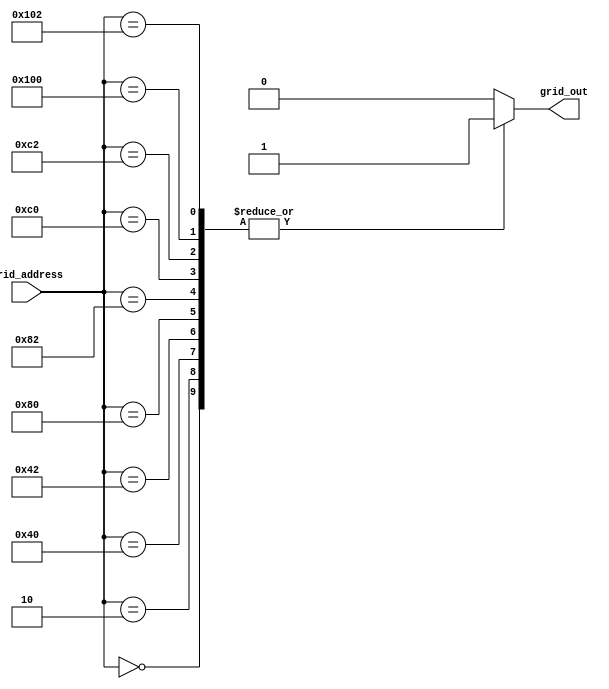
`timescale 1ns/1ns

module grid2D(input [11:0] grid_address, output reg grid_out);

	always @(*)
	begin
	
		// this should be a hallway, place player character at (64<playerX<128, 0<playerY<310)
		case (grid_address)
			12'b000000000000: grid_out = 1'b1;
			12'b000000000010: grid_out = 1'b1;
			12'b000001000000: grid_out = 1'b1;
			12'b000001000010: grid_out = 1'b1;
			12'b000010000000: grid_out = 1'b1;
			12'b000010000010: grid_out = 1'b1;
			12'b000011000000: grid_out = 1'b1;
			12'b000011000010: grid_out = 1'b1;
			12'b000100000000: grid_out = 1'b1;
			12'b000100000010: grid_out = 1'b1;
			default: grid_out = 1'b0;
		endcase
	
	end

endmodule